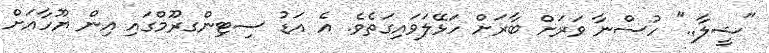
"ޝީލާ.." ހުސްނާ ވަރަށް ބާރަށް ހަޅޭލަވައިގަތެވެ. އެ އަޑު ސިޓިންގރޫމްގައި އިން ޔޫހާއަށް